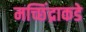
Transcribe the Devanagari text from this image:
मच्छिंद्राकडे